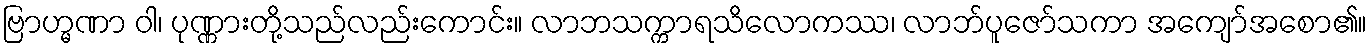
ဗြာဟ္မဏာ ဝါ၊ ပုဏ္ဏားတို့သည်လည်းကောင်း။ လာဘသက္ကာရသိလောကဿ၊ လာဘ်ပူဇော်သကာ အကျော်အစော၏။